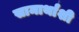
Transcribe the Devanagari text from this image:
सामार्थांशी